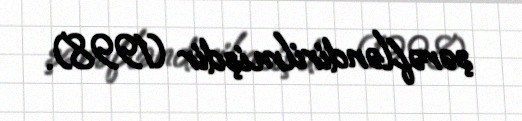
şərəfləndirilmişdir (1998).